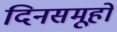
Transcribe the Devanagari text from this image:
दिनसमूहों